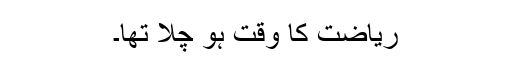
ریاضت کا وقت ہو چلا تھا۔